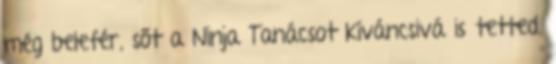
még belefér, sőt a Ninja Tanácsot kíváncsivá is tetted.